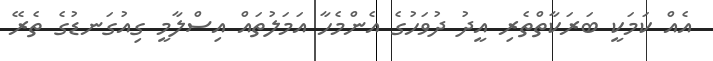
އެއް ކަމަކީ ބަރަކާތްތެރި އީދު ދުވަހުގެ އެންމެހާ އަމަލުތައް އިސްލާމީ ގިއުގަނޑުގެ ތެރޭ